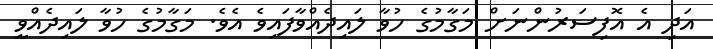
އަދި އެ އޮފިސަރުންނަށް މަގާމުގެ ހުވާ ލައިދެއްވާފައިވެ އެވެ. މަގާމުގެ ހުވާ ލައިދެއްވީ